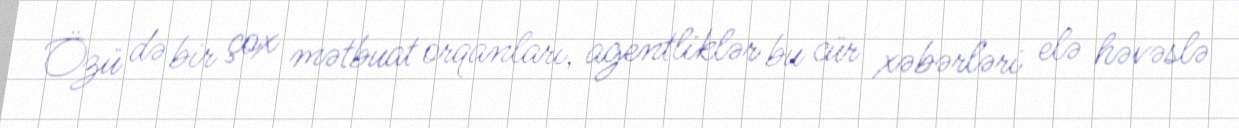
Özü də bir çox mətbuat orqanları, agentliklər bu cür xəbərləri elə həvəslə